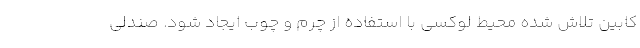
کابین تلاش شده محیط لوکسی با استفاده از چرم و چوب ایجاد شود. صندلی